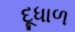
દૂધાળ